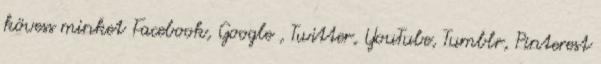
kövess minket Facebook, Google , Twitter, YouTube, Tumblr, Pinterest